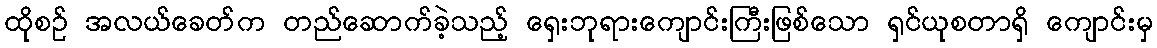
ထိုစဉ် အလယ်ခေတ်က တည်ဆောက်ခဲ့သည့် ရှေးဘုရားကျောင်းကြီးဖြစ်သော ရှင်ယုစတာရှိ ကျောင်းမှ